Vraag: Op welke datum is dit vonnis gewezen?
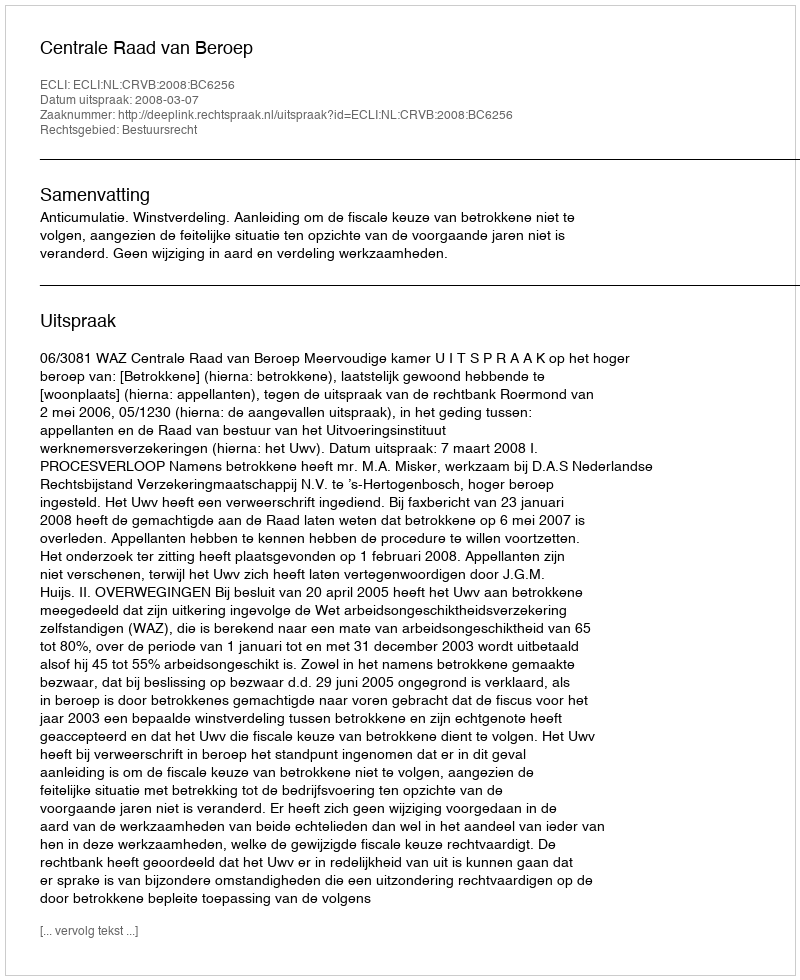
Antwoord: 2008-03-07